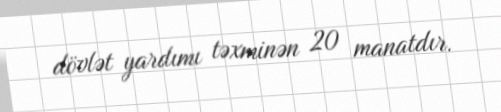
dövlət yardımı təxminən 20 manatdır.